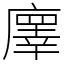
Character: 𢋇